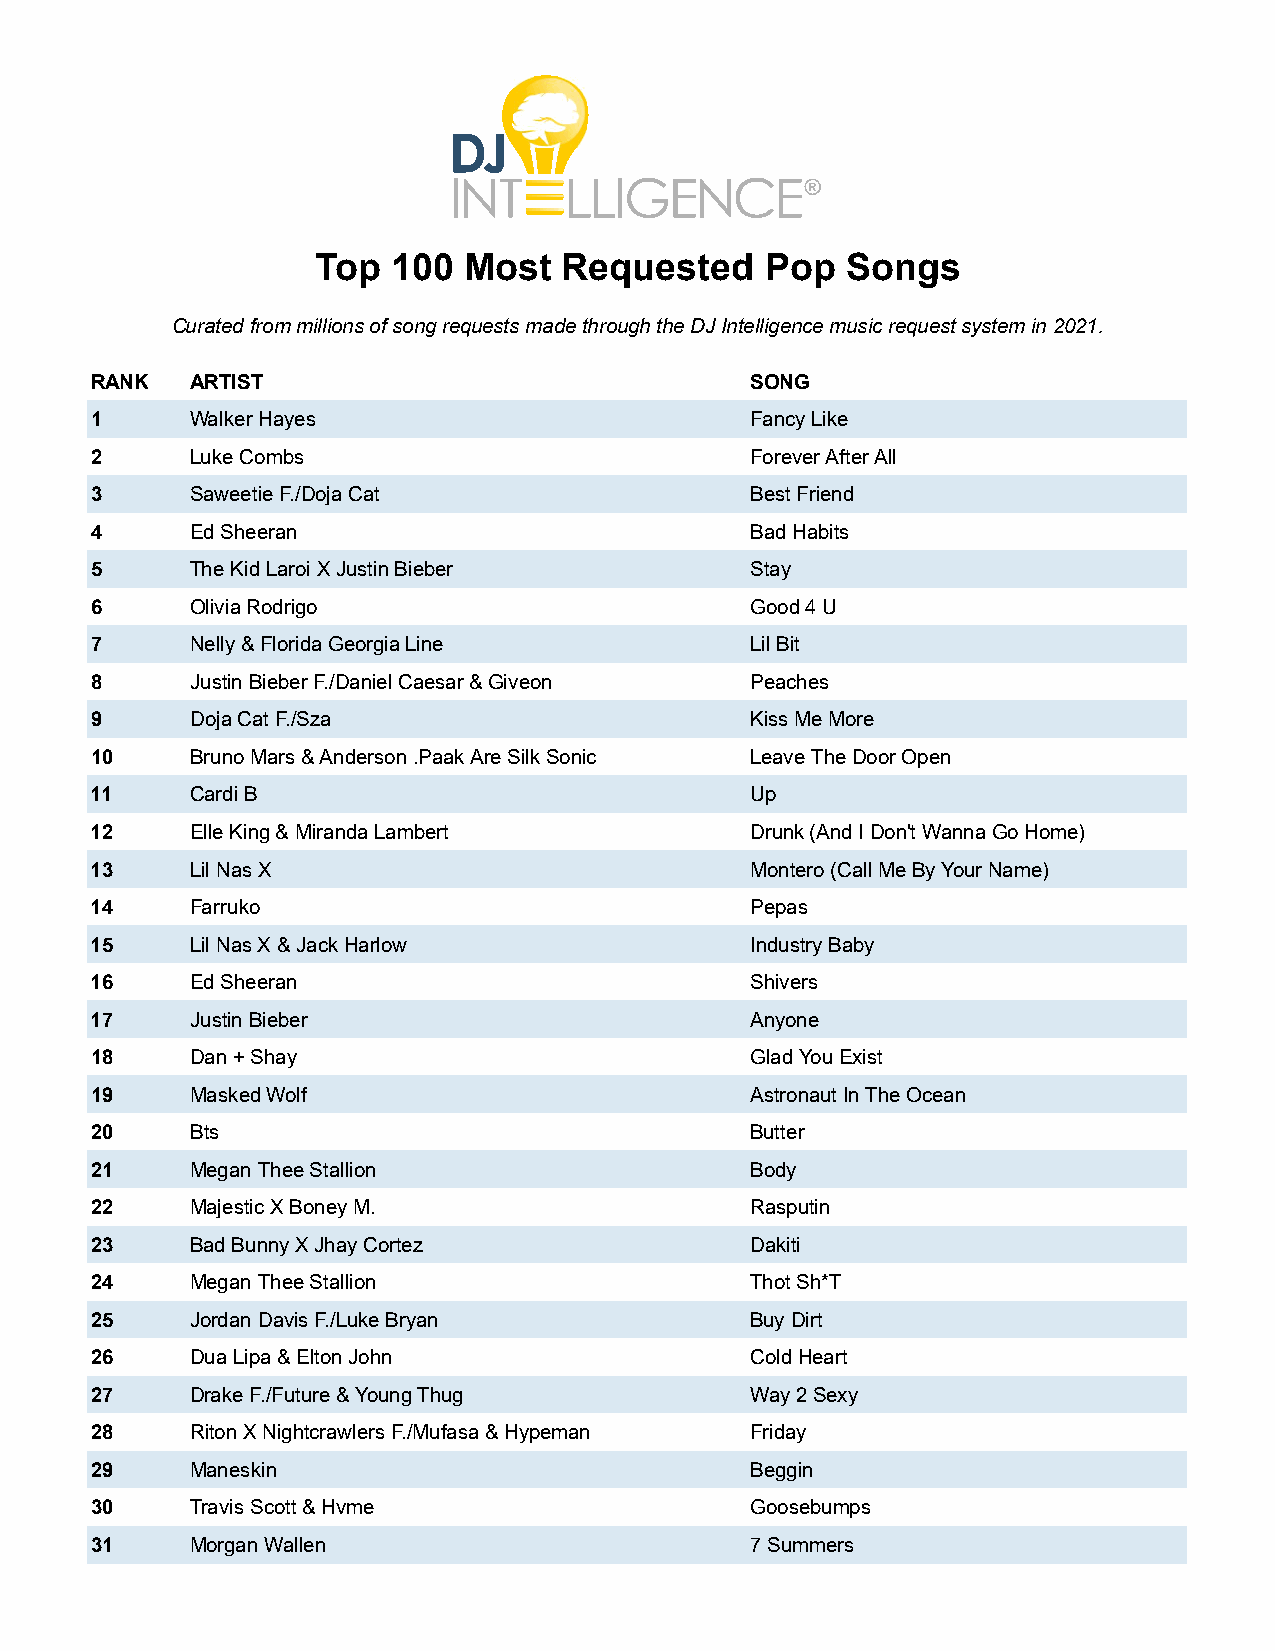
Top  100  Most  Requested     Pop  Songs
 Curated from millions of song requests made through the DJ Intelligence music request system in 2021.
 RANK   ARTIST                               SONG
 1      Walker Hayes                         Fancy Like
 2      Luke Combs                           Forever After All
 3      Saweetie F./Doja Cat                 Best Friend
 4      Ed Sheeran                           Bad Habits
 5      The Kid Laroi X Justin Bieber        Stay
 6      Olivia Rodrigo                       Good 4 U
 7      Nelly & Florida Georgia Line         Lil Bit
 8      Justin Bieber F./Daniel Caesar & Giveon Peaches
 9      Doja Cat F./Sza                      Kiss Me More
 10     Bruno Mars & Anderson .Paak Are Silk Sonic Leave The Door Open
 11     Cardi B                              Up
 12     Elle King & Miranda Lambert          Drunk (And I Don't Wanna Go Home)
 13     Lil Nas X                            Montero (Call Me By Your Name)
 14     Farruko                              Pepas
 15     Lil Nas X & Jack Harlow              Industry Baby
 16     Ed Sheeran                           Shivers
 17     Justin Bieber                        Anyone
 18     Dan + Shay                           Glad You Exist
 19     Masked Wolf                          Astronaut In The Ocean
 20     Bts                                  Butter
 21     Megan Thee Stallion                  Body
 22     Majestic X Boney M.                  Rasputin
 23     Bad Bunny X Jhay Cortez              Dakiti
 24     Megan Thee Stallion                  Thot Sh*T
 25     Jordan Davis F./Luke Bryan           Buy Dirt
 26     Dua Lipa & Elton John                Cold Heart
 27     Drake F./Future & Young Thug         Way 2 Sexy
 28     Riton X Nightcrawlers F./Mufasa & Hypeman Friday
 29     Maneskin                             Beggin
 30     Travis Scott & Hvme                  Goosebumps
 31     Morgan Wallen                        7 Summers